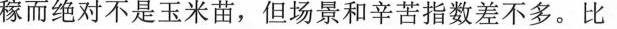
稼而绝对不是玉米苗，但场景和辛苦指数差不多。比